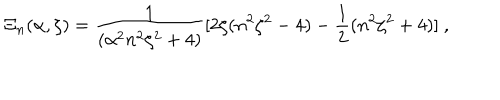
\Xi _ { n } ( \alpha , \zeta ) = \frac { 1 } { ( \alpha ^ { 2 } n ^ { 2 } \zeta ^ { 2 } + 4 ) } [ 2 \zeta ( n ^ { 2 } \zeta ^ { 2 } - 4 ) - \frac { 1 } { 2 } ( n ^ { 2 } \zeta ^ { 2 } + 4 ) ] \ ,